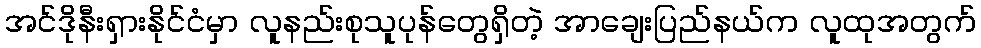
အင်ဒိုနီးရှားနိုင်ငံမှာ လူနည်းစုသူပုန်တွေရှိတဲ့ အာချေးပြည်နယ်က လူထုအတွက်